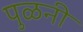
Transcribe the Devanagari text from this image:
पुळनी